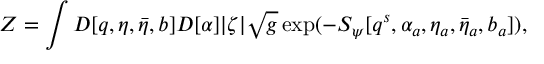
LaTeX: Z = \int { \cal D } [ q , \eta , { \bar { \eta } } , b ] { \cal D } [ \alpha ] | \zeta | \sqrt { g } \exp ( - S _ { \psi } [ q ^ { s } , \alpha _ { a } , \eta _ { a } , \bar { \eta } _ { a } , b _ { a } ] ) ,